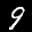
Label: 9